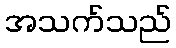
အသက်သည်